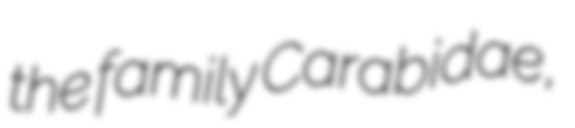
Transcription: the family Carabidae,